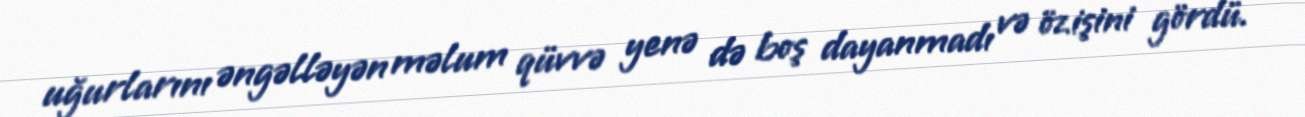
uğurlarını əngəlləyən məlum qüvvə yenə də boş dayanmadı və öz işini gördü.